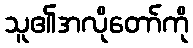
သူ၏အလိုတော်ကို